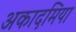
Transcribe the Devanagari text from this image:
अकादमिया